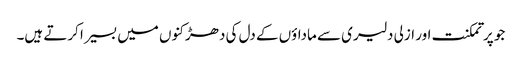
جو پر تمکنت اور ازلی دلیری سے ماداؤں کے دل کی دھڑکنوں میں بسیرا کرتے ہیں۔